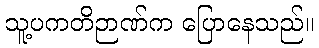
သူ့ပကတိဉာဏ်က ပြောနေသည်။